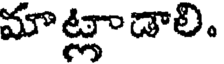
మాట్లాడాలి.